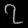
Digit: ၇